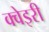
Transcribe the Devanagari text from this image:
क्वेइरी